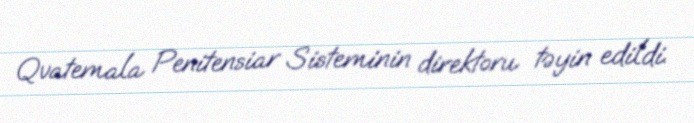
Qvatemala Penitensiar Sisteminin direktoru təyin edildi.